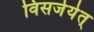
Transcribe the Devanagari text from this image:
विसर्जयेत्